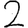
Digit: 2